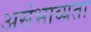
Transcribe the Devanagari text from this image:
असंभाव्यता